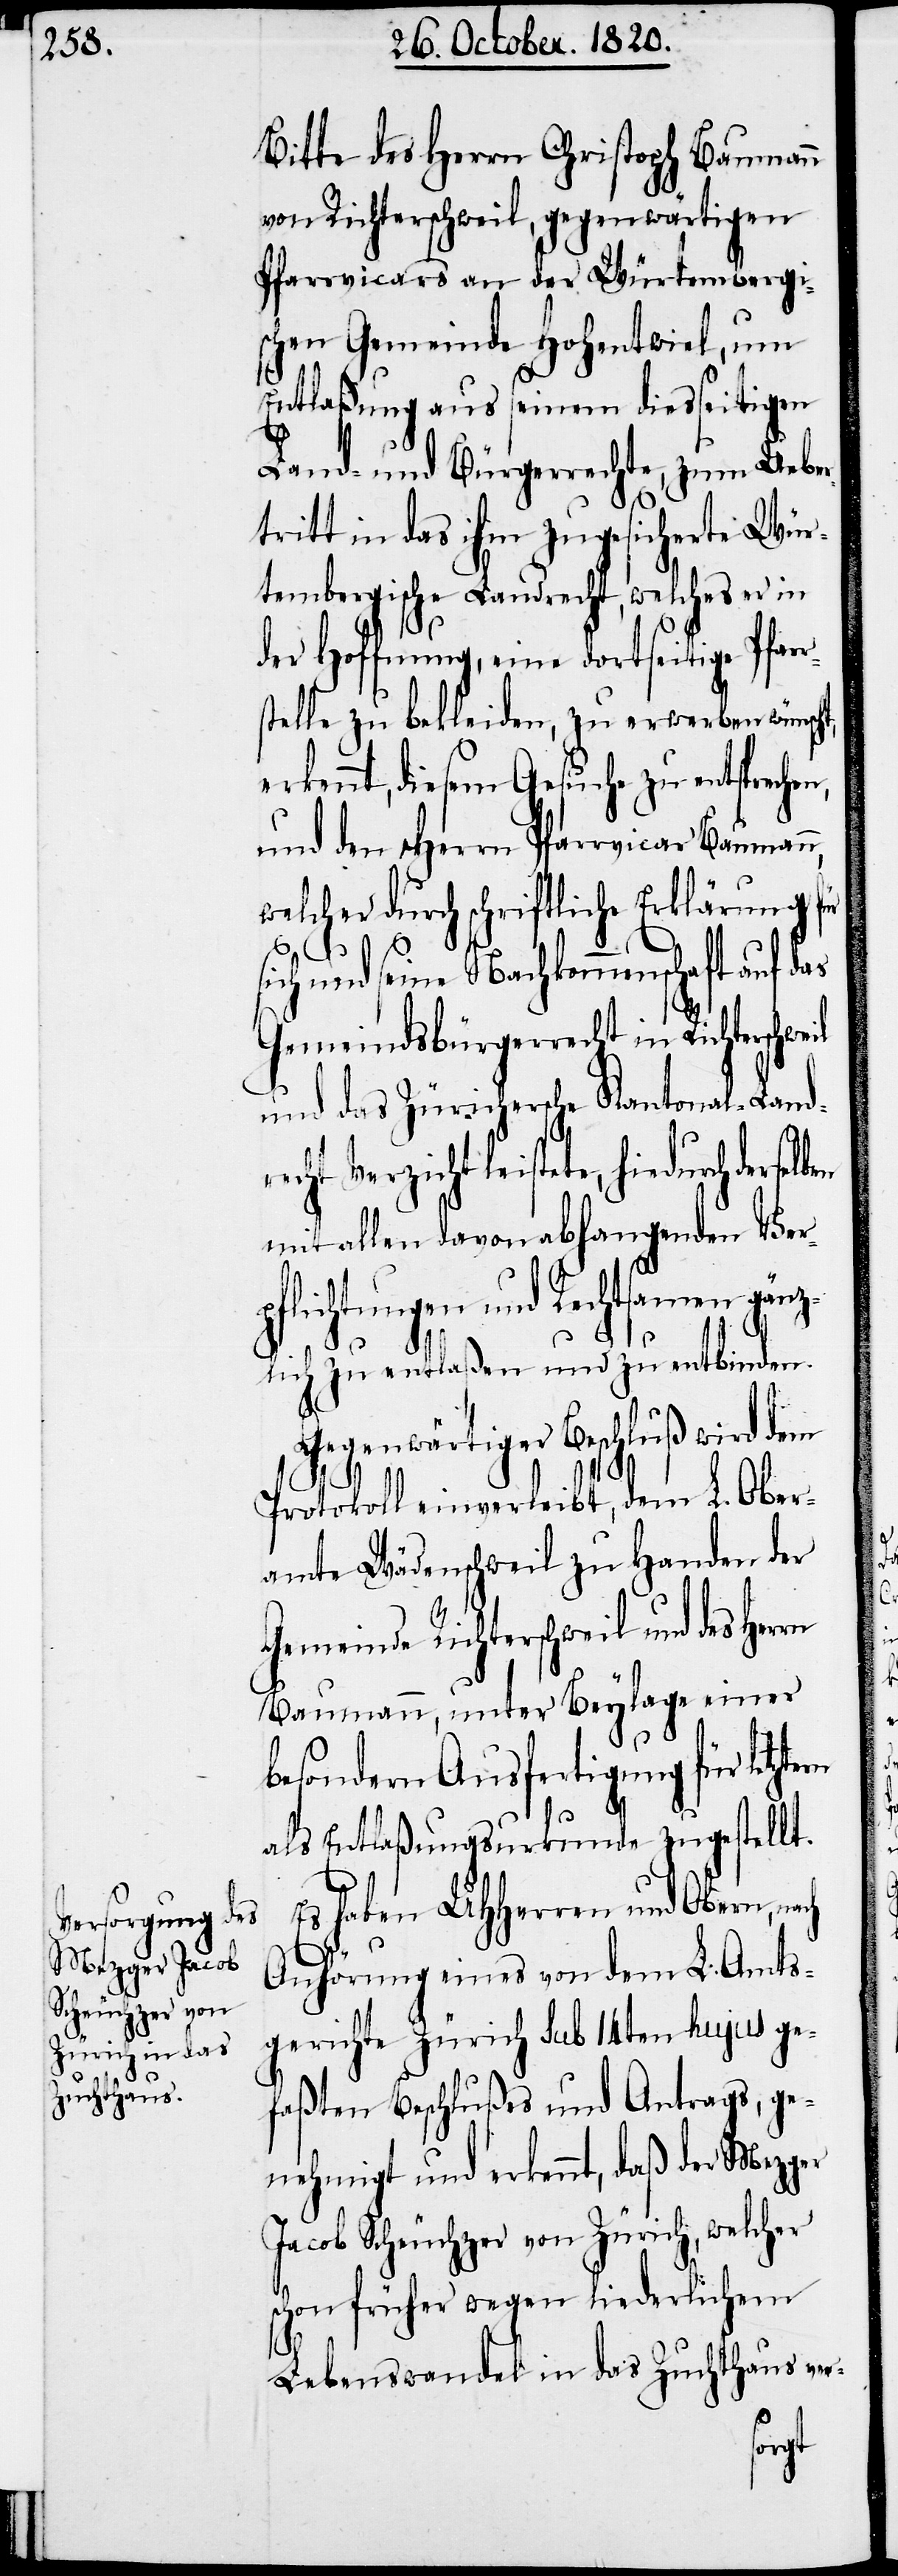
Bitte des Herrn Christoph Baumann
von Richterschweil, gegenwärtigen
Pfarrvicars an der Würtembergi¬
schen Gemeinde Hohentweil, um
Entlaßung aus seinem diesseitigen
Land- und Bürgerrechte, zum Uebe¬
rtritt in das ihm zugesicherte Wür¬
tembergischen Landrecht, welches er in
der Hoffnung, eine dortseitige Pfarr¬
stelle zu bekleiden, zu erwerben wünsch¬
erkennt, diesem Gesuche zu entsprec¬
und den scheren Pfarrvicar Baumann,
welcher durch schriftliche Erklärung für
sich und seine Nachkommenschaft auf das
Gemeindsbürgerrecht in Richter¬
und das Zürichersche Kantonal-Land¬
icht leistete, hiedurch derse¬
mit allen davon abhangenden Verp¬
flichtungen und Rechtsamen gä¬
nzlich zu entlaßen und zu entbinden.
t,
Gegenwärtiger Beschluß wird dem
Protokoll einverleibt, dem L. Ober¬
amte Wädenschweil zu Handen der
Gemeinde Richterschweil und des Herrn
Baumann, unter Beylage einer
besondern Ausfertigung für letzt¬
als Entlaßungsurkunde zugestellt.
Es haben UHHerren und Obern, n¬
Anhörung eines von dem L. Amts¬
gerichte Zürich sub 14ten hujus ge¬
faßten Beschlußes und Antrags, ge¬
nehmigt und erkennt, daß der Mezger
Jacob Scheuchzer von Zürich, welcher
schon früher wegen liederlichem
ach
Lebenswandel in das Zuchthaus ver-
ern